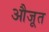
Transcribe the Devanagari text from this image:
औजूत